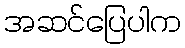
အဆင်ပြေပါက